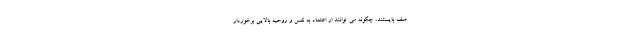
صف بایستند، چگونه می توانند از اعتماد به نفس و روحیه بالایی برخوردار